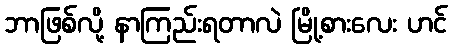
ဘာဖြစ်လို့ နာကြည်းရတာလဲ မြို့စားလေး ဟင်